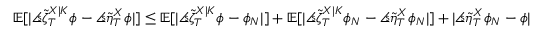
\mathbb { E } [ | \angles { \tilde { \zeta } _ { T } ^ { X | K } } { \phi } - \angles { \tilde { \eta } _ { T } ^ { X } } { \phi } | ] \leq \mathbb { E } [ | \angles { \tilde { \zeta } _ { T } ^ { X | K } } { \phi - \phi _ { N } } | ] + \mathbb { E } [ | \angles { \tilde { \zeta } _ { T } ^ { X | K } } { \phi _ { N } } - \angles { \tilde { \eta } _ { T } ^ { X } } { \phi _ { N } } | ] + | \angles { \tilde { \eta } _ { T } ^ { X } } { \phi _ { N } - \phi } |